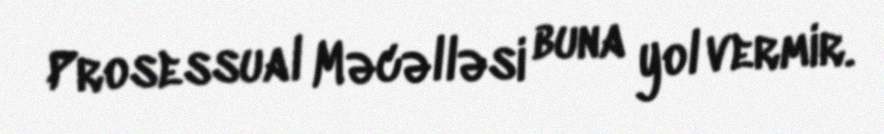
Prosessual Məcəlləsi buna yol vermir.